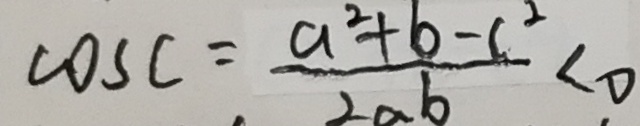
\cos C = \frac { a ^ { 2 } + b - c ^ { 2 } } { 2 a b } < 0